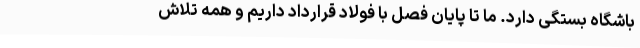
باشگاه بستگی دارد. ما تا پایان فصل با فولاد قرارداد داریم و همه تلاش